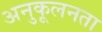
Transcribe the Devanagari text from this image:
अनुकूलनता